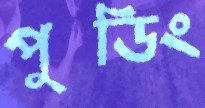
পুডিং